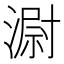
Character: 𣻷